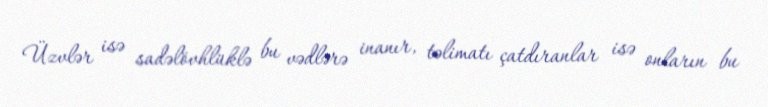
Üzvlər isə sadəlövhlüklə bu vədlərə inanır, təlimatı çatdıranlar isə onların bu